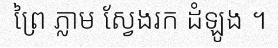
ព្រៃ ភ្លាម ស្វែងរក ដំឡូង ។